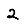
Digit: 2